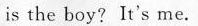
is the boy? It's me.